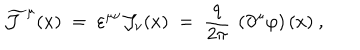
LaTeX: \widetilde { { \mathcal J } } ^ { \mu } ( x ) \; = \; \varepsilon ^ { \mu \nu } { \mathcal J } _ { \nu } ( x ) \; = \; \frac { q } { 2 \pi } ~ \left( \partial ^ { \mu } \varphi \right) ( x ) ~ ,